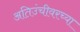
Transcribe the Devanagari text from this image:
अतिउंचीवरच्या